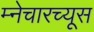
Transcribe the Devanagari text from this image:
म्नेचारच्यूस